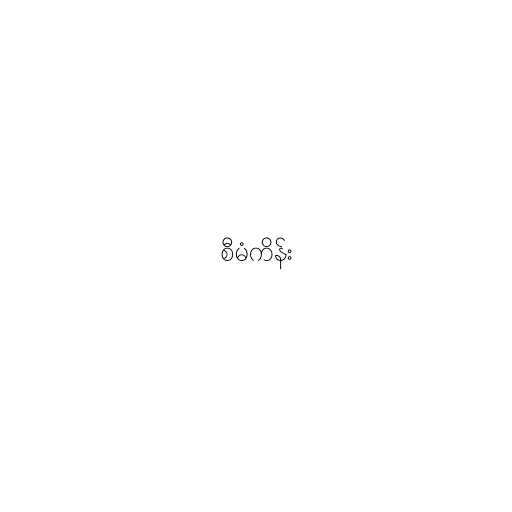
စီမံကိန်း